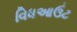
વિધઆઉટ